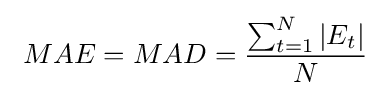
\ MAE=MAD={\frac {\sum _{t=1}^{N}|E_{t}|}{N}}